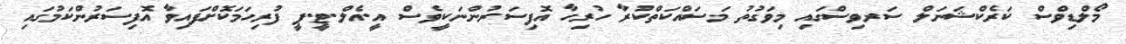
މޯލްޑިވްސް ކަރެކްޝަނަލް ސަރވިސްގައި މިވަގުތު މަސައްކަތްކުރާ ހުރިހާ އޮފިސަރުންނަކީވެސް އީ.އެލް.ޓީ.ޕީ ފުރިހަމަކޮށްފައިވާ އޮފިސަރުންކަމުގައި